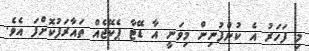
މި ފަހަރު އެ ކުންފުނިން މިވަނީ އާ ޑޭޓާ ޕެކޭޖެއް ތައާރަފުކޮށްފަ އެވެ.